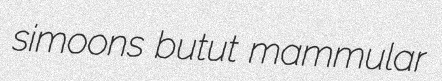
simoons butut mammular